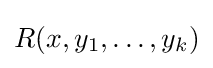
R(x,y_{1},\ldots ,y_{k})